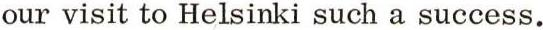
our visit to Helsinki such a success.